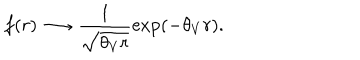
LaTeX: f ( r ) \longrightarrow \frac { 1 } { \sqrt { \theta _ { V } r } } \exp ( - \theta _ { V } r ) .